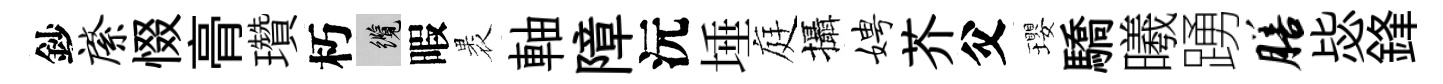
鈔綮惙𮌔瓚朽纜暇褁軸障沅埵庭攝娉芥父瓔驕曦踴膳毖鋒